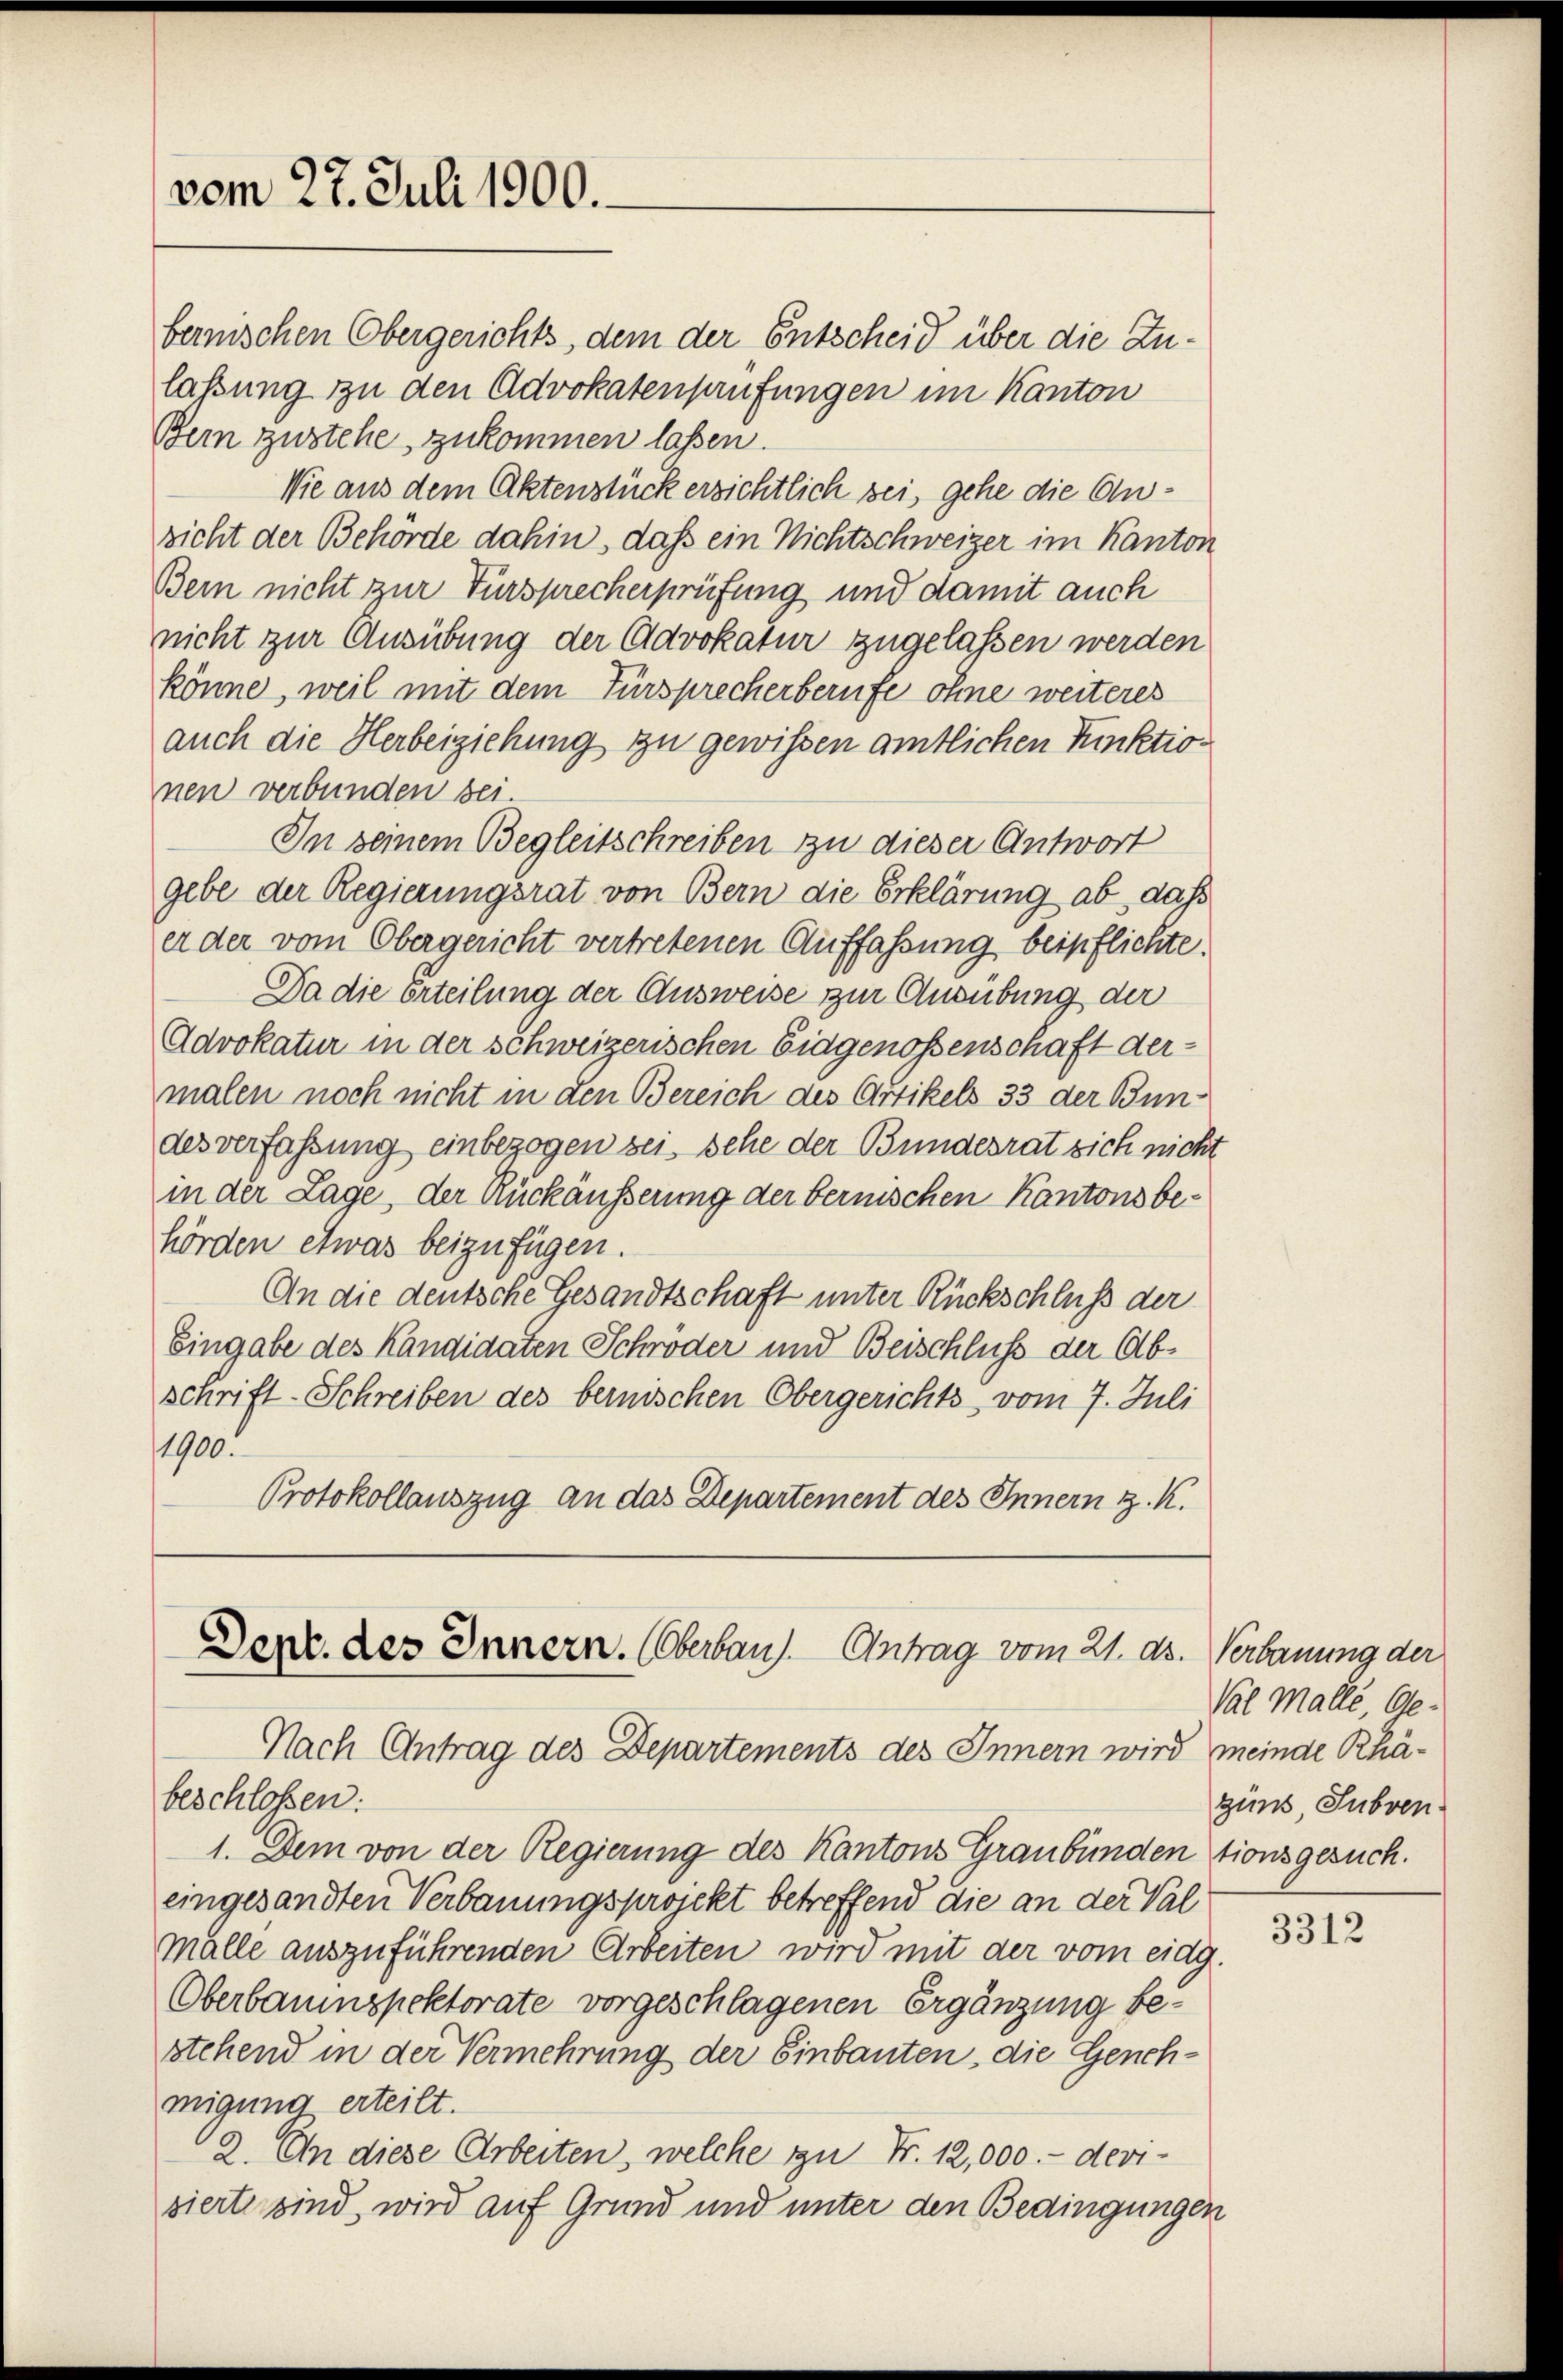
vom 27. Juli 1900.

bernischen Obergerichts, dem der Entscheid über die Zulassung zu den Advokatenprüfungen im Kanton
Bern zustehe, zukommen lassen.
Wie aus dem Aktenstück erzichtlich sei, gehe die Ansicht der Behörde dahin, daß ein Nichtschweizer im Kanton
Bern nicht zur Fürsprecherprüfung und damit auch
nicht zur Ausübung der Advokatur zugelassen werden
könne, weil mit dem Fürsprecherberufe ohne weiteres
auch die Herbeiziehung zu gewissen amtlichen Kinktion
nen verbunden sei.
In seinem Begleitschreiben zu dieser Antwort
gebe der Regierungsrat von Bern die Erklärung ab, dass
er der vom Obergericht vertretenen Auffassung beipflichte.
Da die Erteilung der Ausweise zur Ausübung der
Advokatur in der schweizerischen Eidgenossenschaft dermalen noch nicht in den Bereich des Artikels 33 der Bundes verfassung einbezogen sei, sehe der Bundesrat sich nicht
in der Lage, der Rückäusserung der bernischen Kantons behörden etwas beizufügen.
An die deutsche Gesandtschaft unter Rückschluß der
Eingabe des Kandidaten Schröder und Beischluss der Abschrift-Schreiben des bernischen Obergerichts vom 7. Juli
1900.
Protokollauszug an das Departement des Innern z. K.

Derz. des Innern. (Oberbau). Antrag vom 21. ds. Verbauung der
Nach Antrag des Departements des Innern wird meinde Rhä¬

beschlossen:
1. Dem von der Regierung des Kantons Graubündentionsgesuch.
eingesandten Verbauungsprojekt betreffend die an der Val
mälle auszuführenden Arbeiten wird mit der vom eidg.
Oberbauinspektorate vorgeschlagenen Ergänzung bestehend in der Vermehrung der Einbauten, die Genehmigung erteilt.
2. An diese Arbeiten, welche zu Fr. 12,000.- devisierte sind wird auf Grund und unter den Bedingungen

Val Malle, Gezins Subven

3312